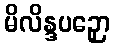
မိလိန္ဒပဉှော